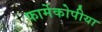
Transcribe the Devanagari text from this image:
फार्मेकोपीया